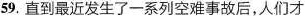
59.直到最近发生了一系列空难事故后，人们才